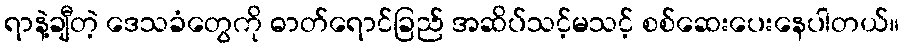
ရာနဲ့ချီတဲ့ ဒေသခံတွေကို ဓာတ်ရောင်ခြည် အဆိပ်သင့်မသင့် စစ်ဆေးပေးနေပါတယ်။